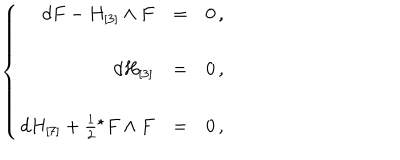
\left\{ \begin{array} { r c l } { { d F - H _ { [ 3 ] } \wedge F } } & { { = } } & { { 0 \, , } } \\ { { } } & { { } } & { { } } \\ { { d H _ { [ 3 ] } } } & { { = } } & { { 0 \, , } } \\ { { } } & { { } } & { { } } \\ { { d H _ { [ 7 ] } + \frac { 1 } { 2 } { } ^ { \star } F \wedge F } } & { { = } } & { { 0 \, , } } \\ \end{array} \right.